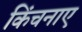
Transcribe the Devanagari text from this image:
किंचनाए